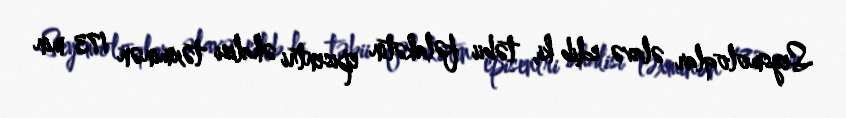
Seysmoloqlar əlavə edib ki, təbii fəlakətin episentri əhalisi təxminən 173 min